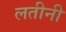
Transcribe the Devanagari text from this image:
लतीनी